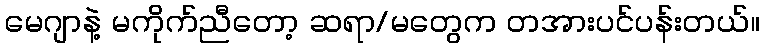
မေဂျာနဲ့ မကိုက်ညီတော့ ဆရာ/မတွေက တအားပင်ပန်းတယ်။